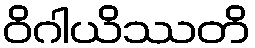
ဝိဂါယိဿတိ